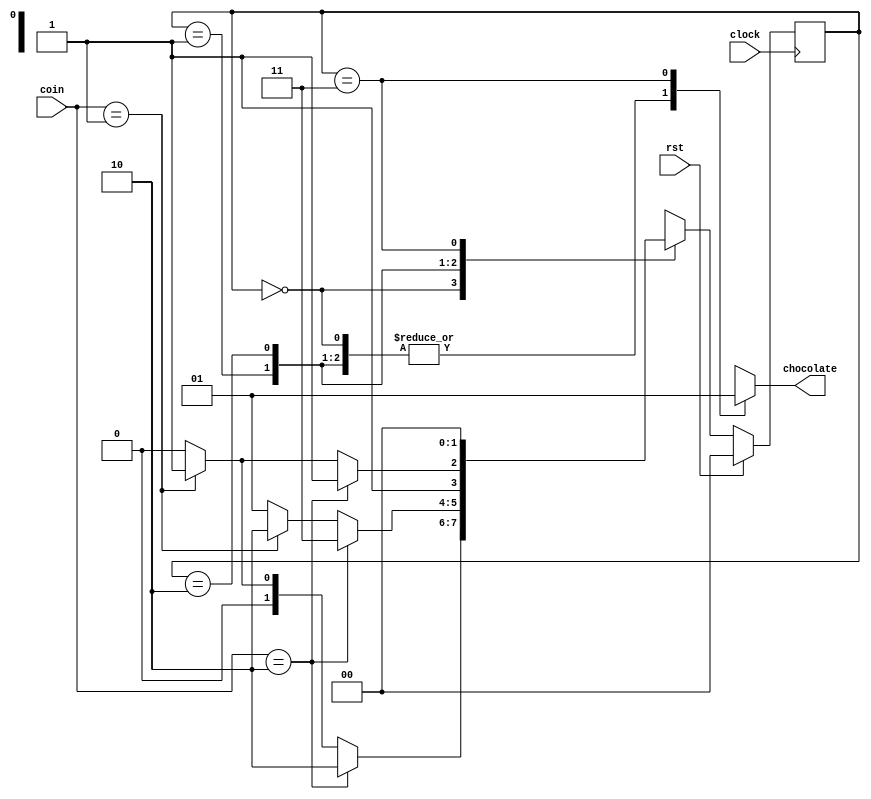
`timescale 1ns / 1ps

module VENDING_MACHINE(
    input [1:0] coin,
    input clock,rst,
    output chocolate); 

    wire [1:0] NEXT_STATE; 
    reg [1:0] P_STATE;

    parameter s0 = 2'b00,
              s1 = 2'b01,
              s2 = 2'b10,
              s3 = 2'b11;

    function [2:0] fsm;    
    input [1:0] fsm_coin; 
    input [1:0] fsm_P_STATE;
    
    reg fsm_chocolate; 
    reg [1:0] fsm_NEXT_STATE;
    
    begin
        case (fsm_P_STATE)
        s0: begin
                if (fsm_coin == 2'b10)
                begin
                    fsm_chocolate = 1'b0; 
                    fsm_NEXT_STATE = s2;
                end

                else if (fsm_coin == 2'b01)
                begin
                    fsm_chocolate = 1'b0; 
                    fsm_NEXT_STATE = s1;
                end
        
                else 
                begin
                    fsm_chocolate = 1'b0; 
                    fsm_NEXT_STATE = s0;
                end
            end
        
        s1: begin
                if (fsm_coin == 2'b10)
                begin
                    fsm_chocolate = 1'b0 ;
                    fsm_NEXT_STATE = s3 ;
                end
        
                else if (fsm_coin == 2'b01) 
                begin
                    fsm_chocolate = 1'b0; 
                    fsm_NEXT_STATE = s2;
                end
        
                else
                begin
                    fsm_chocolate = 1'b0 ;
                    fsm_NEXT_STATE = s1;
                end
            end
        
        s2: begin
                if (fsm_coin == 2'b10)
                begin
                    fsm_chocolate = 1'b0 ;
                    fsm_NEXT_STATE =s3 ;
                end
        
                else if (fsm_coin == 2'b01 )
                begin
                    fsm_chocolate = 1'b0;
                    fsm_NEXT_STATE = s3 ;
                end 
        
                else
                begin
                    fsm_chocolate = 1'b0 ; 
                    fsm_NEXT_STATE = s2;
                end
            end
        
        s3: begin 
                fsm_chocolate = 1'b1 ;
                fsm_NEXT_STATE = s0 ;
            end
        endcase
    
        fsm= {fsm_chocolate, fsm_NEXT_STATE};
    end
endfunction

        assign {chocolate, NEXT_STATE}= fsm(coin, P_STATE);

        always @(posedge clock) 
            begin
                if (rst == 1'b1) P_STATE = s0 ;
                else P_STATE = NEXT_STATE;
            end
endmodule